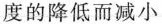
度的降低而减小